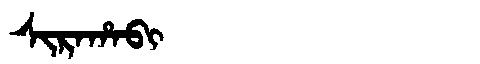
Manchu: ᠰᡳᡵᠠᡥᠠᠪᡳ
Romanization: SIRAHABI